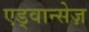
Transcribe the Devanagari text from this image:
एड्वान्सेज़